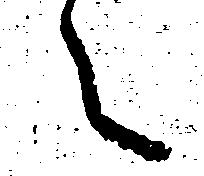
え